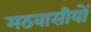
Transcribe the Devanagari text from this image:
मठवासीयों